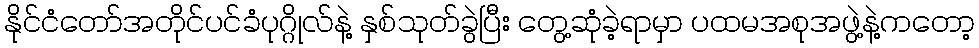
နိုင်ငံတော်အတိုင်ပင်ခံပုဂ္ဂိုလ်နဲ့ နှစ်သုတ်ခွဲပြီး တွေ့ဆုံခဲ့ရာမှာ ပထမအစုအဖွဲ့နဲ့ကတော့